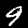
Digit: 9